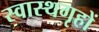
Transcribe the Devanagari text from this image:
स्वास्थगृहों